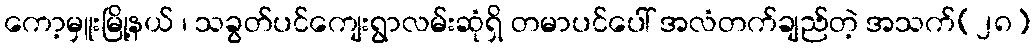
ကော့မှူးမြို့နယ် ၊ သခွတ်ပင်ကျေးရွာလမ်းဆုံရှိ တမာပင်ပေါ် အလံတက်ချည်တဲ့ အသက်(၂၈)